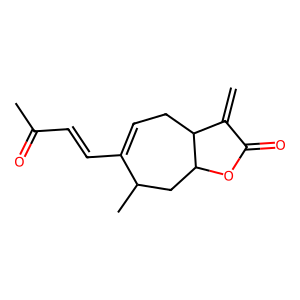
SMILES: C=C1C(=O)OC2CC(C)C(C=CC(C)=O)=CCC12
Inhibits HIV replication: No